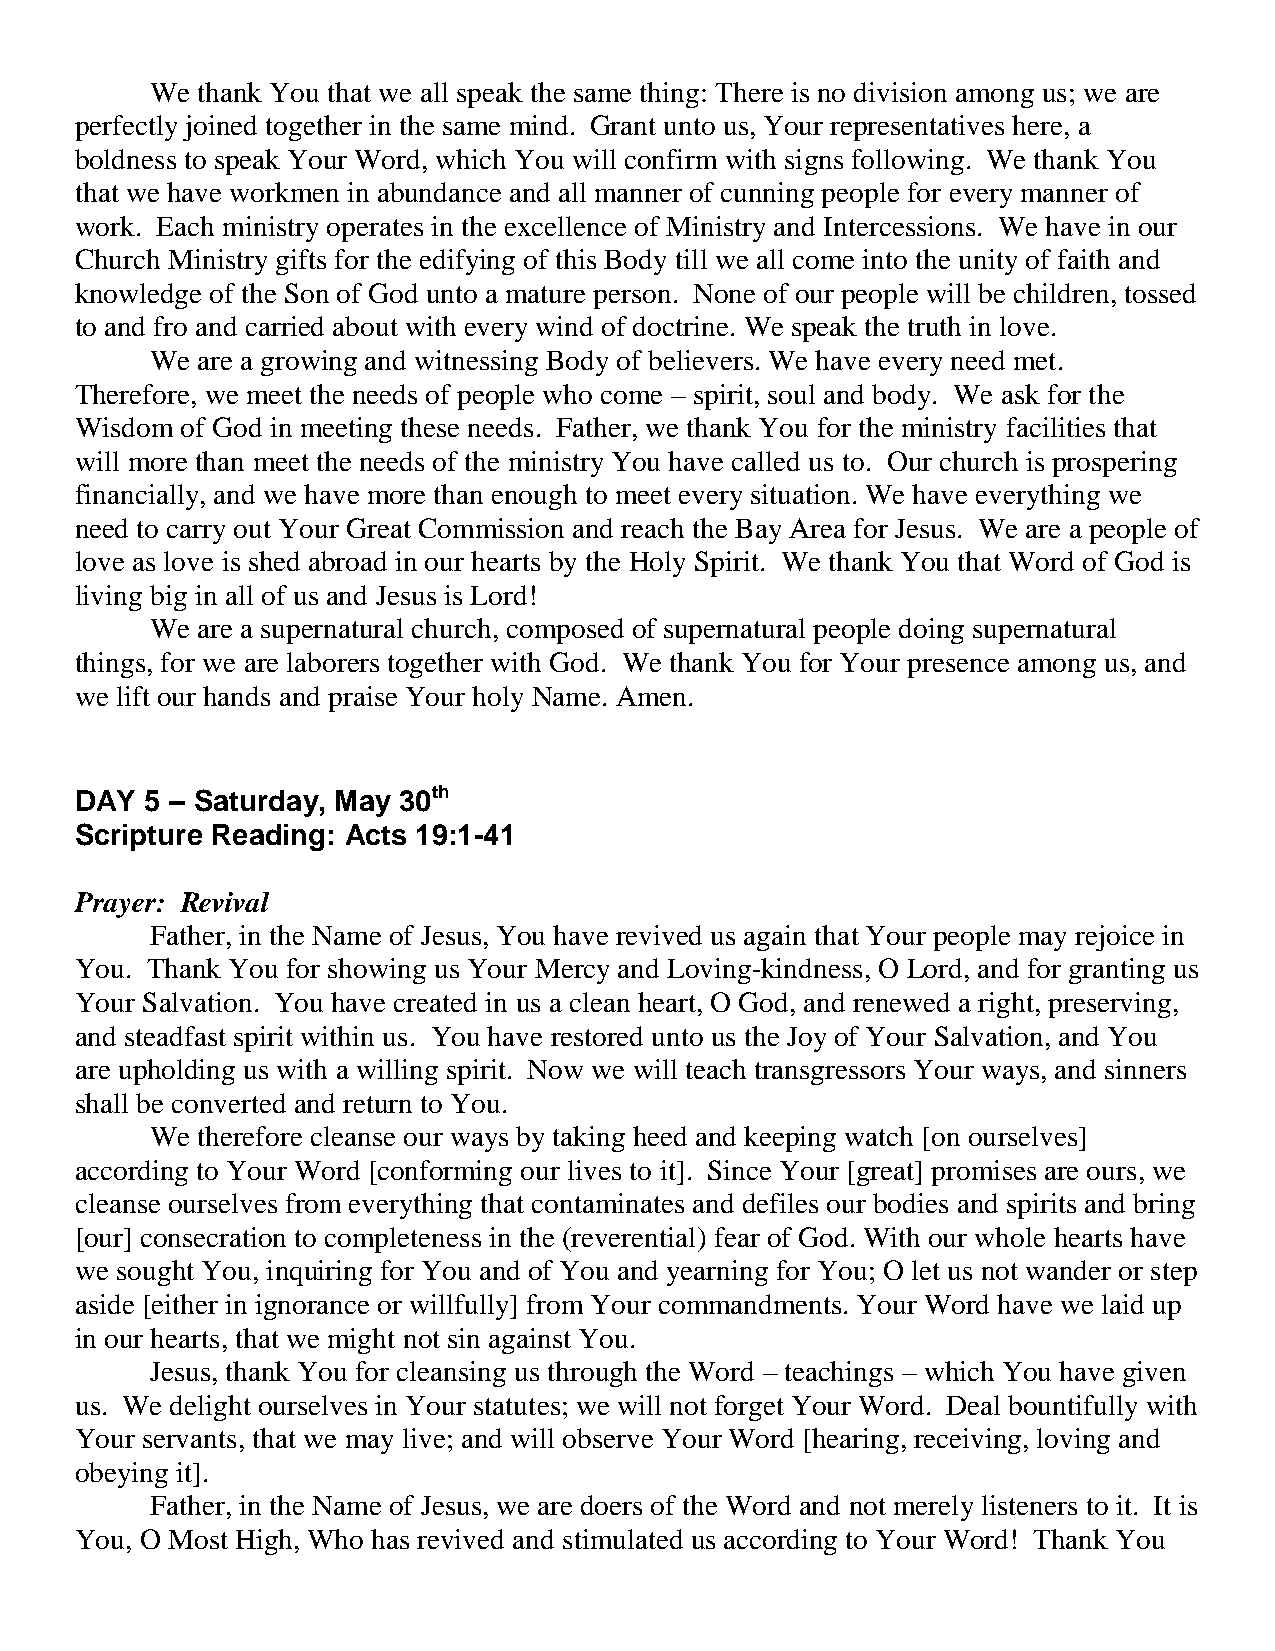
We thank You that we all speak the same thing: There is no division among us; we are
 perfectly joined together in the same mind. Grant unto us, Your representatives here, a
 boldness to speak Your Word, which You will confirm with signs following. We thank You
 that we have workmen in abundance and all manner of cunning people for every manner of
 work. Each ministry operates in the excellence of Ministry and Intercessions. We have in our
 Church Ministry gifts for the edifying of this Body till we all come into the unity of faith and
 knowledge of the Son of God unto a mature person. None of our people will be children, tossed
 to and fro and carried about with every wind of doctrine. We speak the truth in love.
 We are a growing and witnessing Body of believers. We have every need met.
 Therefore, we meet the needs of people who come – spirit, soul and body. We ask for the
 Wisdom of God in meeting these needs. Father, we thank You for the ministry facilities that
 will more than meet the needs of the ministry You have called us to. Our church is prospering
 financially, and we have more than enough to meet every situation. We have everything we
 need to carry out Your Great Commission and reach the Bay Area for Jesus. We are a people of
 love as love is shed abroad in our hearts by the Holy Spirit. We thank You that Word of God is
 living big in all of us and Jesus is Lord!
 We are a supernatural church, composed of supernatural people doing supernatural
 things, for we are laborers together with God. We thank You for Your presence among us, and
 we lift our hands and praise Your holy Name. Amen.
 DAY  5 – Saturday, May 30th
 Scripture Reading: Acts 19:1-41
 Prayer: Revival
 Father, in the Name of Jesus, You have revived us again that Your people may rejoice in
 You. Thank You for showing us Your Mercy and Loving-kindness, O Lord, and for granting us
 Your Salvation. You have created in us a clean heart, O God, and renewed a right, preserving,
 and steadfast spirit within us. You have restored unto us the Joy of Your Salvation, and You
 are upholding us with a willing spirit. Now we will teach transgressors Your ways, and sinners
 shall be converted and return to You.
 We therefore cleanse our ways by taking heed and keeping watch [on ourselves]
 according to Your Word [conforming our lives to it]. Since Your [great] promises are ours, we
 cleanse ourselves from everything that contaminates and defiles our bodies and spirits and bring
 [our] consecration to completeness in the (reverential) fear of God. With our whole hearts have
 we sought You, inquiring for You and of You and yearning for You; O let us not wander or step
 aside [either in ignorance or willfully] from Your commandments. Your Word have we laid up
 in our hearts, that we might not sin against You.
 Jesus, thank You for cleansing us through the Word – teachings – which You have given
 us. We delight ourselves in Your statutes; we will not forget Your Word. Deal bountifully with
 Your servants, that we may live; and will observe Your Word [hearing, receiving, loving and
 obeying it].
 Father, in the Name of Jesus, we are doers of the Word and not merely listeners to it. It is
 You, O Most High, Who has revived and stimulated us according to Your Word! Thank You